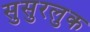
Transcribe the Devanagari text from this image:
सुसुरलुक